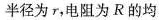
半径为 r ，电阻为 R 的均